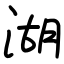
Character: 湖